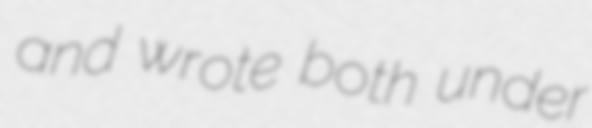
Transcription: and wrote both under